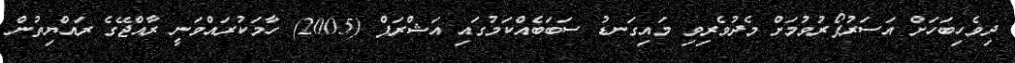
ދިވެހިބަހަށް އަސަރުފޯރުވުމަށް މެދުވެރިވި މައިގަނޑު ސަބަބެއްކަމުގައި އަޝްރަފް (2005) ހާމަކުރައްވަނީ ރާއްޖޭގެ ރައްޔިތުން